Vaccination report Assam 1896-1927 - 1896-1927
Year: 1896
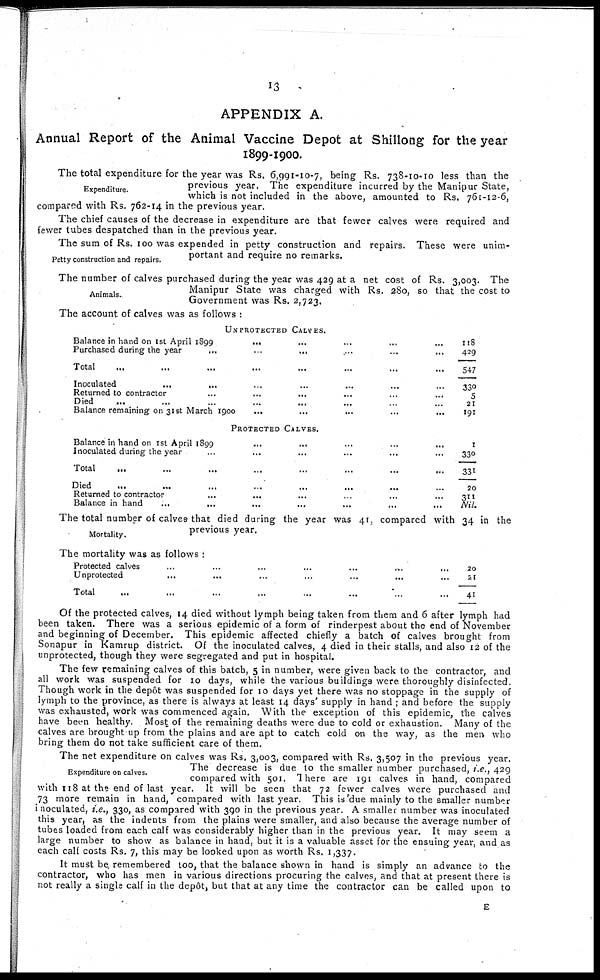
13
APPENDIX A.
Annual Report of the Animal Vaccine Depot at Shillong for the year
1899-1900.
Expenditure.
The total expenditure for the year was Rs. 6,991-10-7, being Rs. 738-10-10 less than the
previous year. The expenditure incurred by the Manipur State,
which is not included in the above, amounted to Rs. 761-12-6,
compared with Rs. 762-14 in the previous year.
The chief causes of the decrease in expenditure are that fewer calves were required and
fewer tubes despatched than in the previous year.
Petty construction and repairs.
The sum of Rs. 100 was expended in petty construction and repairs. These were unim-
portant and require no remarks.
Animals.
The number of calves purchased during the year was 429 at a net cost of Rs. 3,003. The
Manipur State was charged with Rs. 280, so that the cost to
Government was Rs. 2,723.
The account of calves was as follows :
UNPROTECTED CALVES.
Balance in hand on 1st April 1899
... ... ... ... ...
Purchased during the year
...
...
... ... ... ...
Total ... ... ... ... ... ... ...
Inoculated
...
... ... ... ... ...
Returned to contractor ... ... ... ... ... ...
Died ... ... ... ... ... ... ... ...
Balance remaining on 31st March 1900
...
...
... ... ...
118
429
547
330
5
21
191
PROTECTED CALVES.
Balance in hand on 1st April 1899
...
... ... ... ...
Inoculated during the year
...
...
... ... ... ...
Total
...
...
...
...
...
...
...
...
Died
...
...
...
...
...
...
... ...
Returned to contractor
...
...
...
... ... ...
Balance in hand
...
...
...
...
...
...
...
1
330
331
20
311
Nil.
Mortality.
The total number of calves that died during the year was 41, compared with 34 in the
previous year.
The mortality was as follows :
Protected calves ... ... ... ... ... ... ...
Unprotected ... ... ... ... ... ... ...
Total ... ... ... ... ... ... ... ...
20
21
41
Of the protected calves, 14 died without lymph being taken from them and 6 after lymph had
been taken. There was a serious epidemic of a form of rinderpest about the end of November
and beginning of December. This epidemic affected chiefly a batch of calves brought from
Sonapur in Kamrup district. Of the inoculated calves, 4 died in their stalls, and also 12 of the
unprotected, though they were segregated and put in hospital.
The few remaining calves of this batch, 5 in number, were given back to the contractor, and
all work was suspended for 10 days, while the various buildings were thoroughly disinfected.
Though work in the depôt was suspended for 10 days yet there was no stoppage in the supply of
lymph to the province, as there is always at least 14 days' supply in hand ; and before the supply
was exhausted, work was commenced again. With the exception of this epidemic, the calves
have been healthy. Most of the remaining deaths were due to cold or exhaustion. Many of the
calves are brought up from the plains and are apt to catch cold on the way as the men who
bring them do not take sufficient care of them.
Expenditure on calves.
The net expenditure on calves was Rs. 3,003, compared with Rs. 3,507 in the previous year.
The decrease is due to the smaller number purchased, i.e., 429
compared with 501. There are 191 calves in hand, compared
with 118 at the end of last year. It will be seen that 72 fewer calves were purchased and
73 more remain in hand, compared with last year. This is due mainly to the smaller number
inoculated, i.e., 330, as compared with 390 in the previous year. A smaller number was inoculated
this year, as the indents from the plains were smaller, and also because the average number of
tubes loaded from each calf was considerably higher than in the previous year. It may seem a
large number to show as balance in hand, but it is a valuable asset for the ensuing year, and as
each calf costs Rs. 7, this may be looked upon as worth Rs. 1,337.
It must be. remembered too, that the balance shown in hand is simply an advance to the
contractor, who has men in various directions procuring the calves, and that at present there is
not really a single calf in the depôt, but that at any time the contractor can be called upon to
E